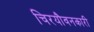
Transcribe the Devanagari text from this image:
चिरयौवनकारी